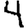
Digit: 4